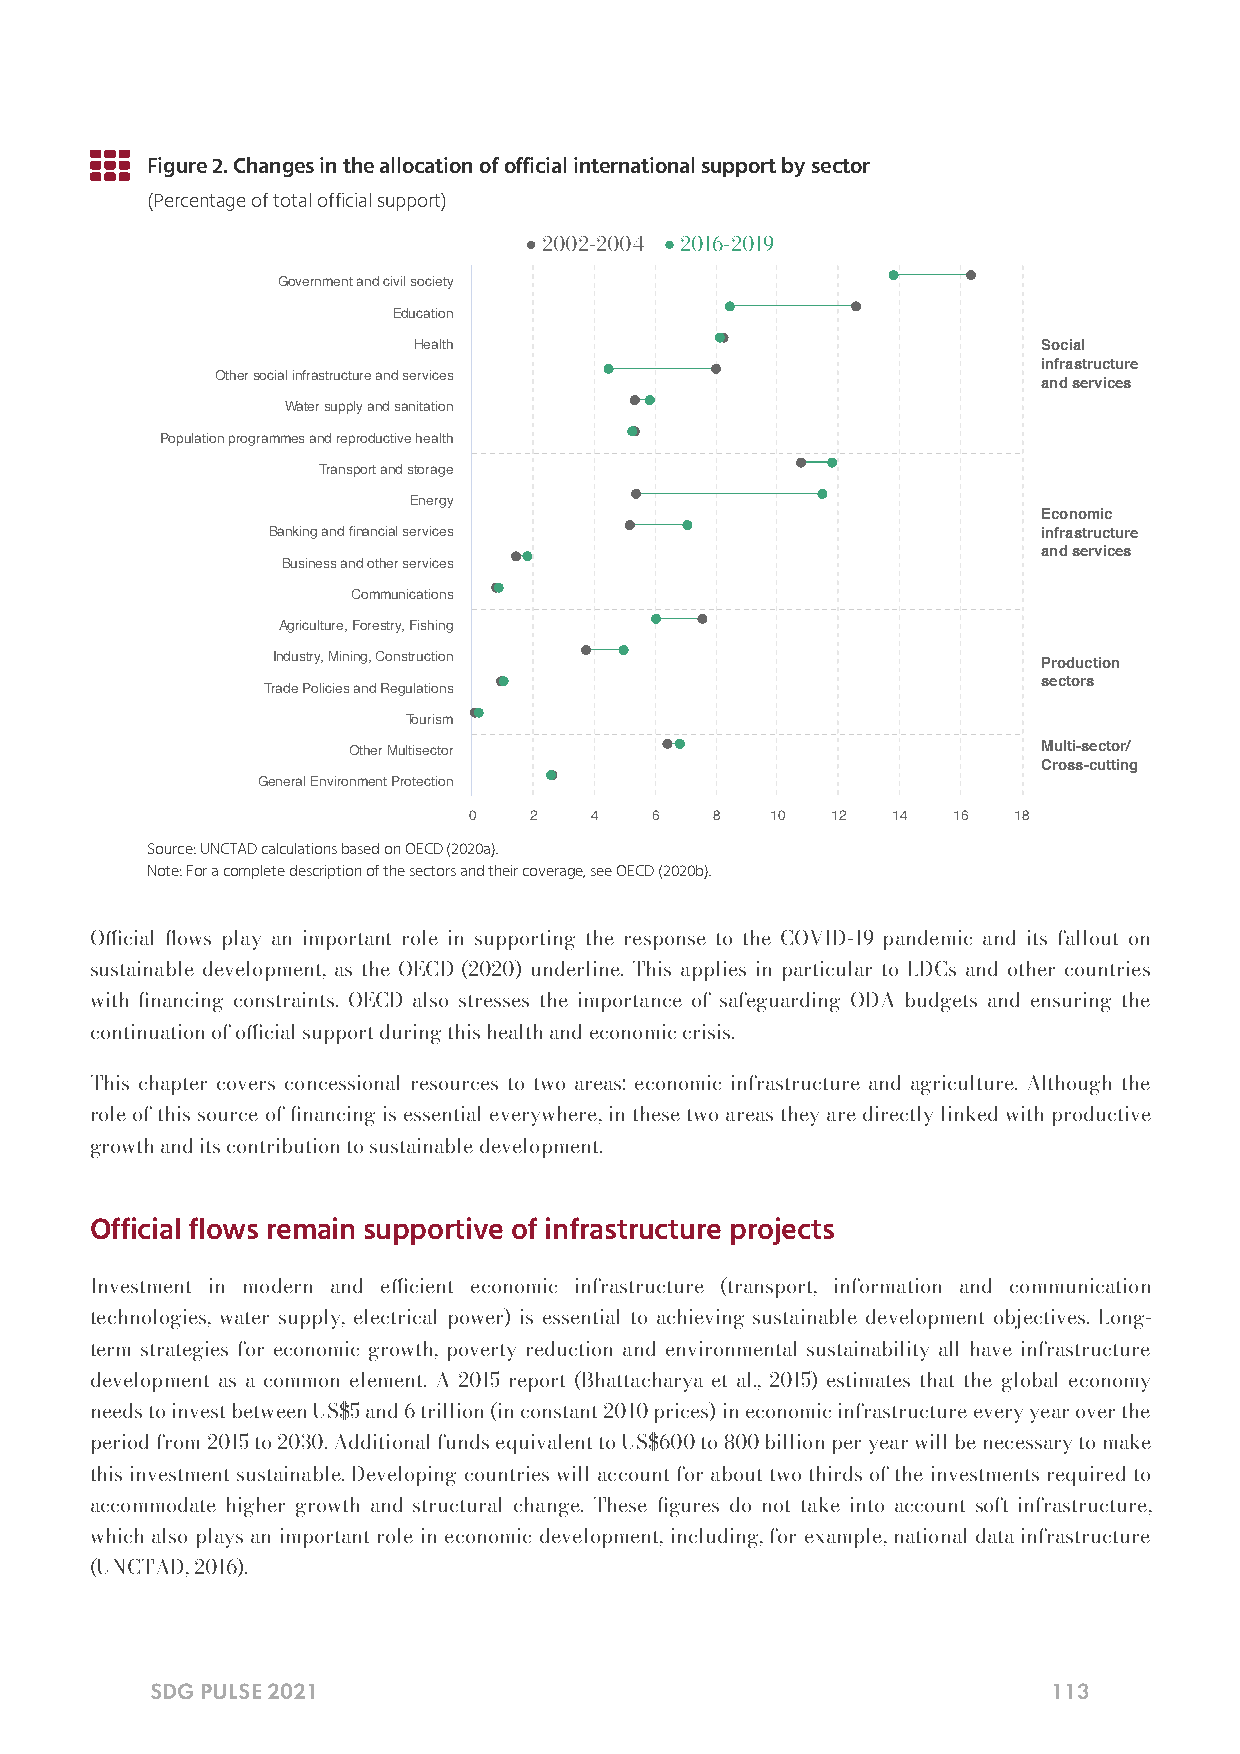

 Figure 2. Changes in the allocation of official international support by sector
 (Percentage of total official support)
 ●        ●
 2002-2004 2016-2019
 Government and civil society
 Education
 Health                                    Social
 infrastructure
 Other social infrastructure and services
 and services
 Water supply and sanitation
 Population programmes and reproductive health
 Transport and storage
 Energy
 Economic
 Banking and financial services                     infrastructure
 and services
 Business and other services
 Communications
 Agriculture, Forestry, Fishing
 Industry, Mining, Construction                     Production
 sectors
 Trade Policies and Regulations
 Tourism
 Other Multisector                             Multi-sector/
 Cross-cutting
 General Environment Protection
 0   2   4   6   8   10  12  14  16  18
 Source: UNCTAD calculations based on OECD (2020a).
 Note: For a complete description of the sectors and their coverage, see OECD (2020b).
 Ocial ows play an important role in supporting the response to the COVID-19 pandemic and its fallout on
 sustainable development, as the OECD (2020) underline. This applies in particular to LDCs and other countries
 with nancing constraints. OECD also stresses the importance of safeguarding ODA budgets and ensuring the
 continuation of ocial support during this health and economic crisis.
 This chapter covers concessional resources to two areas: economic infrastructure and agriculture. Although the
 role of this source of nancing is essential everywhere, in these two areas they are directly linked with productive
 growth and its contribution to sustainable development.
 Official flows remain supportive of infrastructure projects
 Investment in modern and ecient economic infrastructure (transport, information and communication
 technologies, water supply, electrical power) is essential to achieving sustainable development objectives. Long-
 term strategies for economic growth, poverty reduction and environmental sustainability all have infrastructure
 development as a common element. A 2015 report (Bhattacharya et al., 2015) estimates that the global economy
 needs to invest between US$5 and 6 trillion (in constant 2010 prices) in economic infrastructure every year over the
 period from 2015 to 2030. Additional funds equivalent to US$600 to 800 billion per year will be necessary to make
 this investment sustainable. Developing countries will account for about two thirds of the investments required to
 accommodate higher growth and structural change. These gures do not take into account soft infrastructure,
 which also plays an important role in economic development, including, for example, national data infrastructure
 (UNCTAD, 2016).
 SDG PULSE 2021                                              113